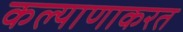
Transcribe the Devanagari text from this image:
कल्याणाकरत